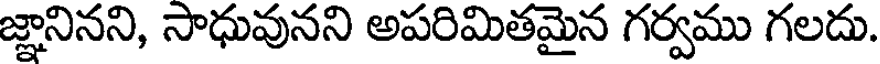
జ్ఞానినని, సాధువునని అపరిమితమైన గర్వము గలదు.